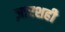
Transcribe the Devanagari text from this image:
ज़ारशही